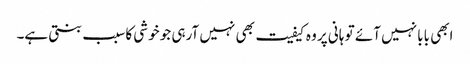
ابھی بابا نہیں آئے تو ہانی پر وہ کیفیت بھی نہیں آرہی جو خوشی کا سبب بنتی ہے۔